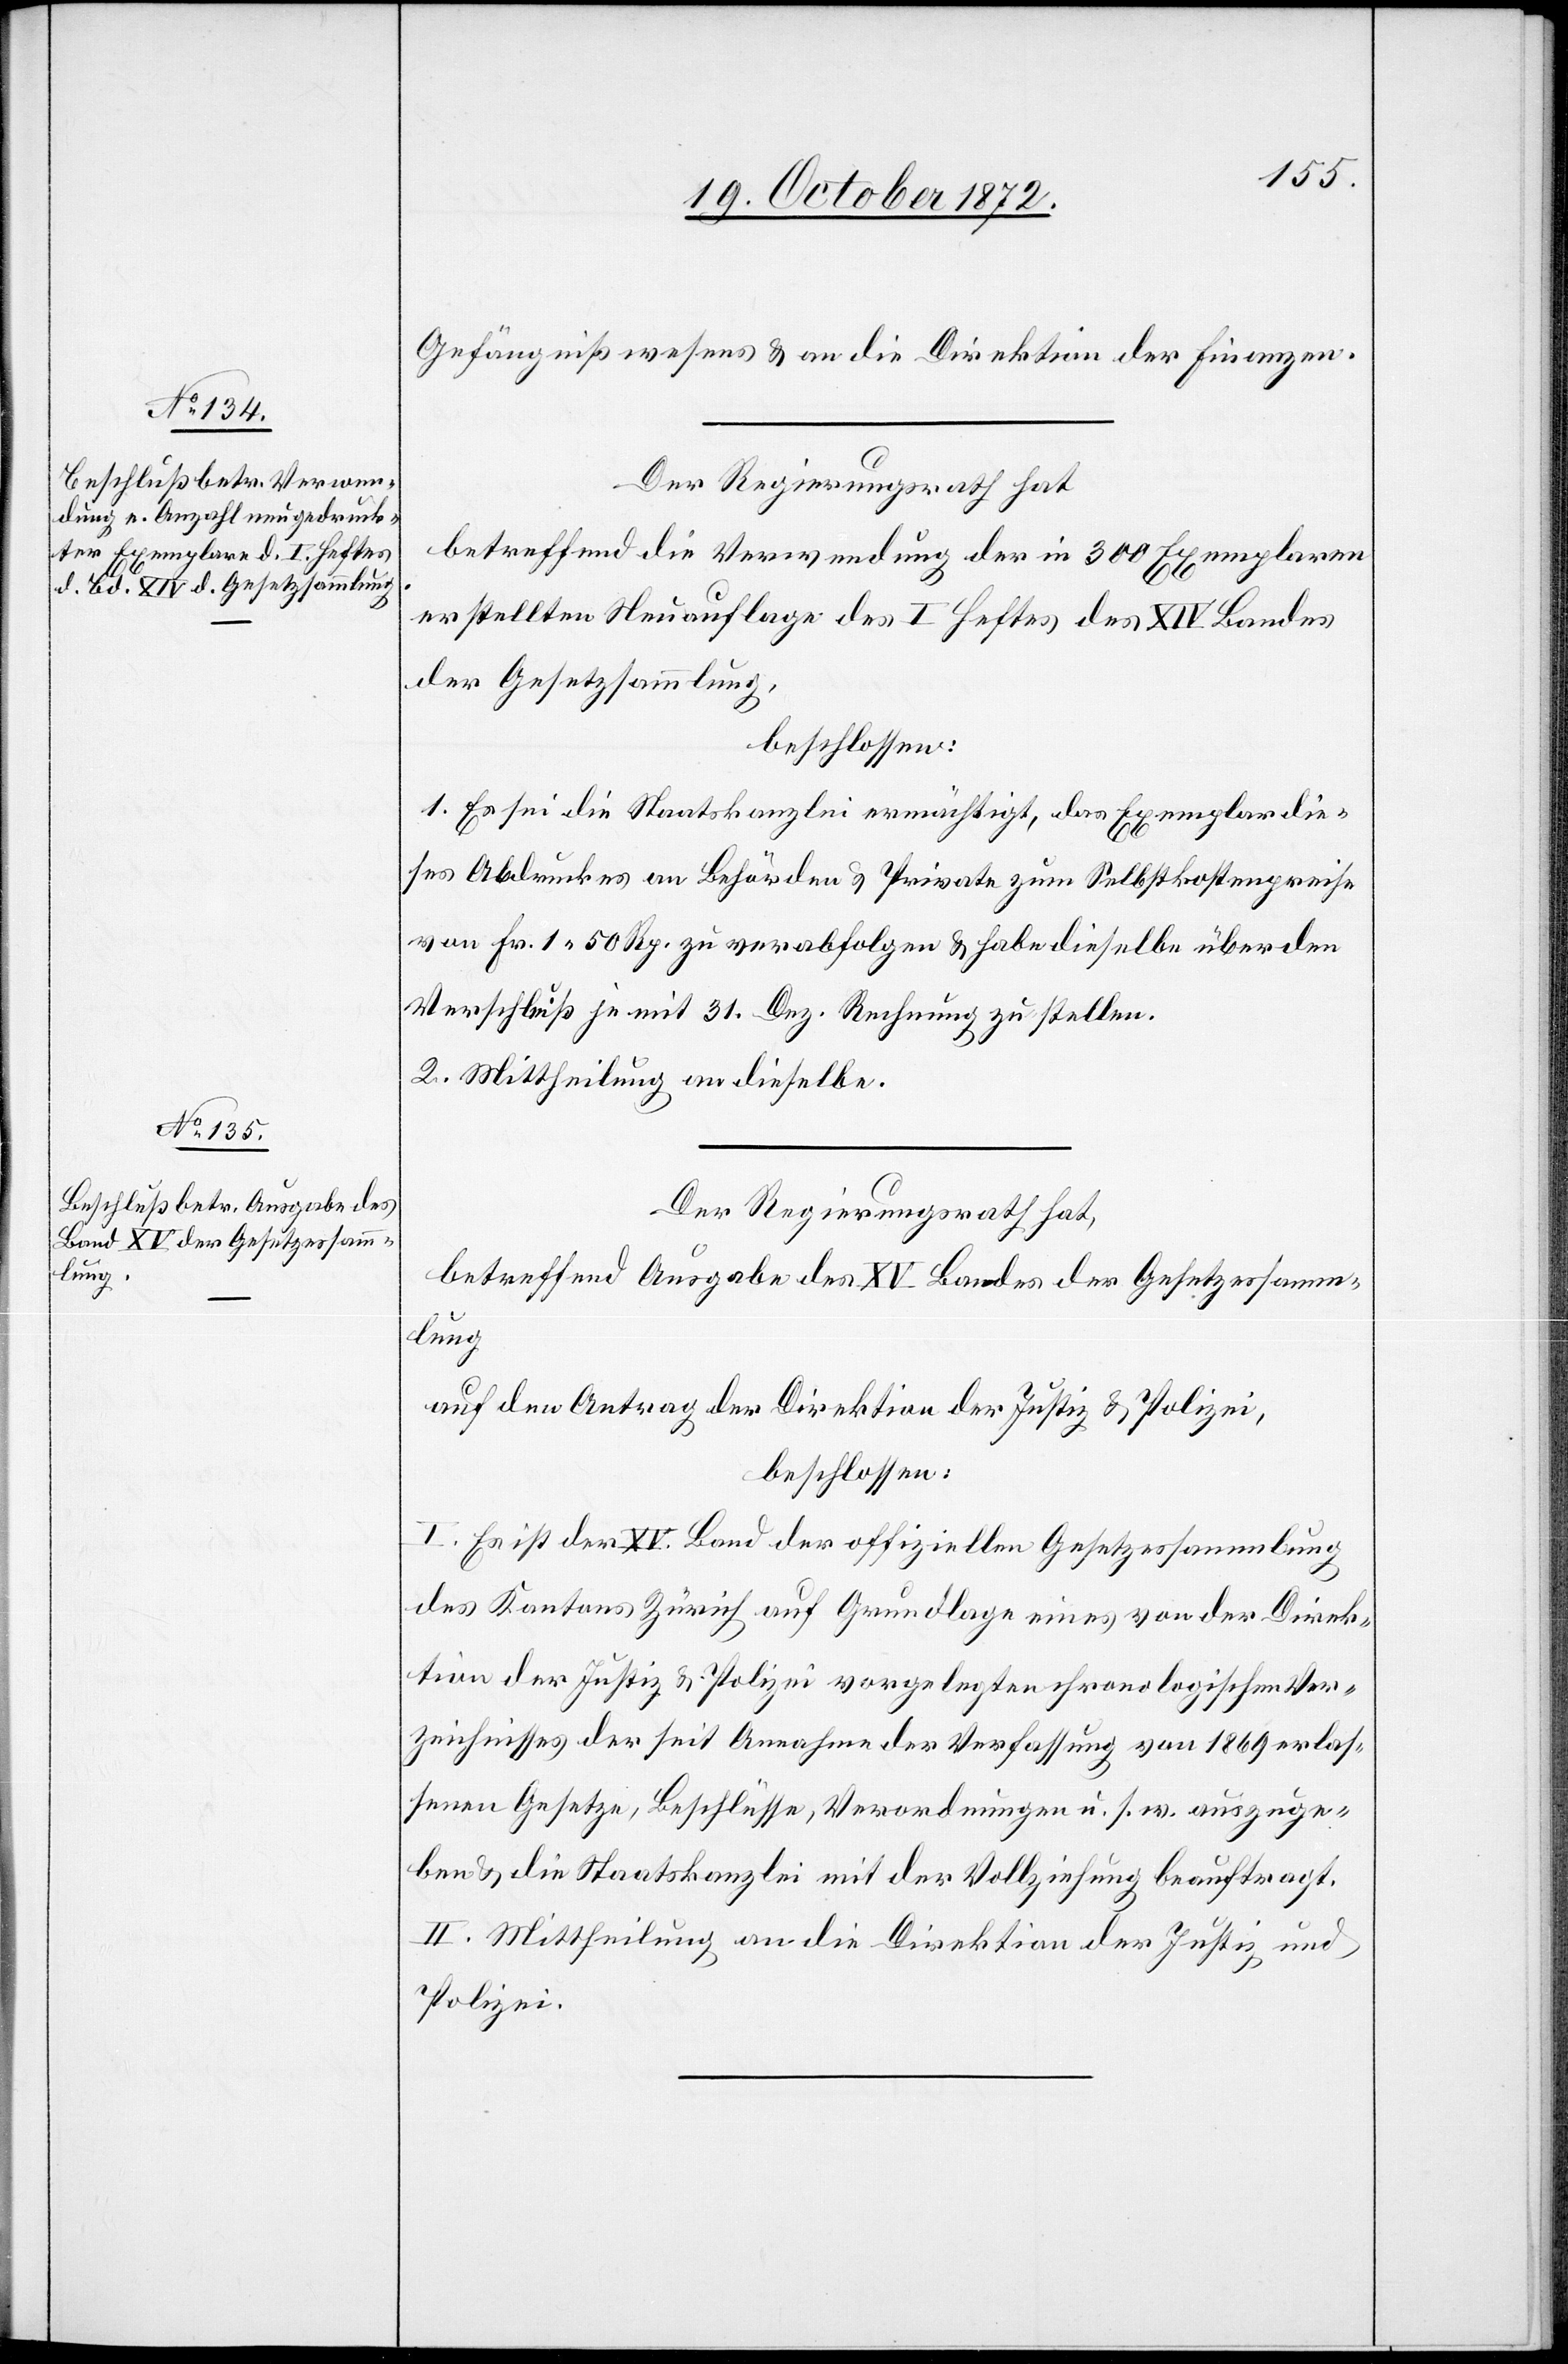
Gefängnißwesens u. an die Direktion der Finanzen.
Der Regierungsrath hat
betreffend die Verwendung der in 300 Exemplaren
erstellten Neuauflage des I Heftes des XIV Bandes
der Gesetzsammlung,
beschlossen:
1. Es sei die Staatskanzlei ermächtigt, das Exemplar die¬
ses Abdruckes an Behörden u. Private zum Selbstkostenpreise
von Fr. 1 50 Rp. zu verabfolgen u. habe dieselbe über den
Verschluß je mit 31. Dez. Rechnung zu stellen.
2. Mittheilung an dieselbe.
Der Regierungsrath hat,
betreffend Ausgabe des XV Bandes der Gesetzessamm¬
lung
auf den Antrag der Direktion der Justiz u. Polizei,
beschlossen:
I. Es ist der XV. Band der offiziellen Gesetzessammlung
des Kantons Zürich auf Grundlage eines von der Direk¬
tion der Justiz u. Polizei vorgelegten chronologischen Ver¬
zeichnisses der seit Annahme der Verfassung von 1869 erlas¬
senen Gesetze, Beschlüsse, Verordnungen u. s. w. auszuge¬
ben u. die Staatskanzlei mit der Vollziehung beauftragt.
II. Mittheilung an die Direktion der Justiz und
Polizei.